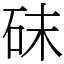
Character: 砞